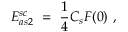
{ \cal E } _ { a s 2 } ^ { s c } \ = \ \frac 1 4 C _ { s } F ( 0 ) \ ,